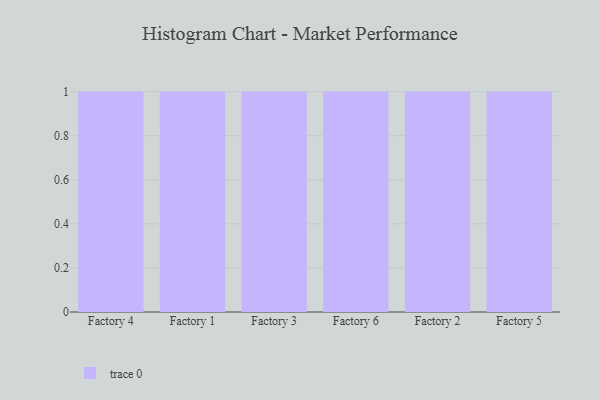
{"axis": {"x": "Factory", "y": "LTV (USD)"}, "legend": [""], "data": [{"x": "Factory 4", "y": 62, "type": ""}, {"x": "Factory 1", "y": 10, "type": ""}, {"x": "Factory 3", "y": 44, "type": ""}, {"x": "Factory 6", "y": 75, "type": ""}, {"x": "Factory 2", "y": 31, "type": ""}, {"x": "Factory 5", "y": 47, "type": ""}]}